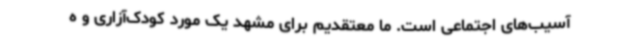
آسیب‌های اجتماعی است. ما معتقدیم برای مشهد یک مورد کودک‌آزاری و ه